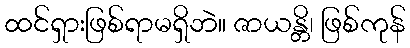
ထင်ရှားဖြစ်ရာမရှိဘဲ။ ဇာယန္တိ၊ ဖြစ်ကုန်